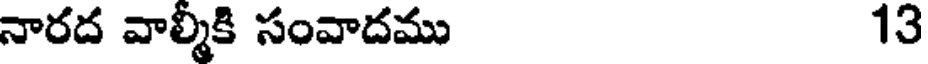
నారద వాల్మీకి సంవాదము 13